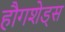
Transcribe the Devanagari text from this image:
हौगशेड्स